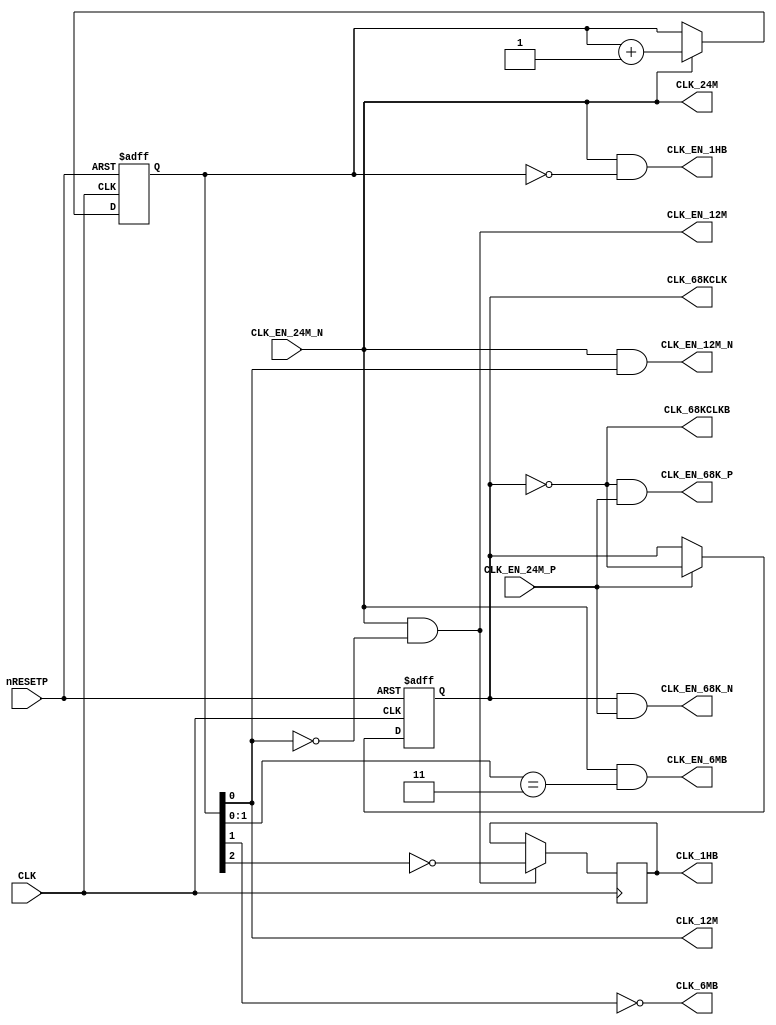
// NeoGeo logic definition
// Copyright (C) 2018 Sean Gonsalves
//
// This program is free software: you can redistribute it and/or modify
// it under the terms of the GNU General Public License as published by
// the Free Software Foundation, either version 3 of the License, or
// (at your option) any later version.
//
// This program is distributed in the hope that it will be useful,
// but WITHOUT ANY WARRANTY; without even the implied warranty of
// MERCHANTABILITY or FITNESS FOR A PARTICULAR PURPOSE.  See the
// GNU General Public License for more details.
//
// You should have received a copy of the GNU General Public License
// along with this program.  If not, see <https://www.gnu.org/licenses/>.

// Everything here was verified on a MV4 board
// Todo: Check phase relations between 12M, 68KCLK and 68KCLKB
// Todo: Check cycle right after nRESETP goes high, real hw might have an important delay added

module clocks_sync(
	input CLK,
	input CLK_EN_24M_P,
	input CLK_EN_24M_N,
	input nRESETP,
	output CLK_24M,
	output CLK_12M,
	output reg CLK_68KCLK,
	output CLK_68KCLKB,
	output CLK_EN_68K_P,
	output CLK_EN_68K_N,
	output CLK_6MB,
	output reg CLK_1HB,
	output CLK_EN_12M,
	output CLK_EN_12M_N,
	output CLK_EN_6MB,
	output CLK_EN_1HB
);

	reg [2:0] CLK_DIV;
	wire CLK_3M;
	
	assign CLK_68KCLKB = ~CLK_68KCLK;
	
	always @(posedge CLK or negedge nRESETP)
	begin
		if (!nRESETP)
			CLK_68KCLK <= 1'b0;	// Thanks ElectronAsh ! Real hw doesn't clearly init DFF
		else if (CLK_EN_24M_P)
			CLK_68KCLK <= ~CLK_68KCLK;	// MV4 C4:A
	end
	assign CLK_EN_68K_P = ~CLK_68KCLK & CLK_EN_24M_P;
	assign CLK_EN_68K_N =  CLK_68KCLK & CLK_EN_24M_P;
	
	always @(posedge CLK, negedge nRESETP)
	begin
		if (!nRESETP)
			CLK_DIV <= 3'b100;
		else if (CLK_EN_24M_N)
			CLK_DIV <= CLK_DIV + 1'b1;
	end
	
	assign CLK_24M = CLK_EN_24M_N;
	assign CLK_12M = CLK_DIV[0];
	assign CLK_EN_12M   = CLK_EN_24M_N & ~CLK_DIV[0];
	assign CLK_EN_12M_N = CLK_EN_24M_N &  CLK_DIV[0];
	assign CLK_6MB = ~CLK_DIV[1];
	assign CLK_3M = CLK_DIV[2];
	
	// MV4 C4:B
	always @(posedge CLK)
		if (CLK_EN_12M) CLK_1HB <= ~CLK_3M;

	assign CLK_EN_6MB = CLK_EN_24M_N & CLK_DIV[1:0] == 3;
	assign CLK_EN_1HB = CLK_EN_24M_N & CLK_DIV == 0;
	
endmodule